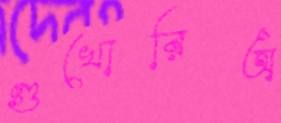
গুখোরিঅ